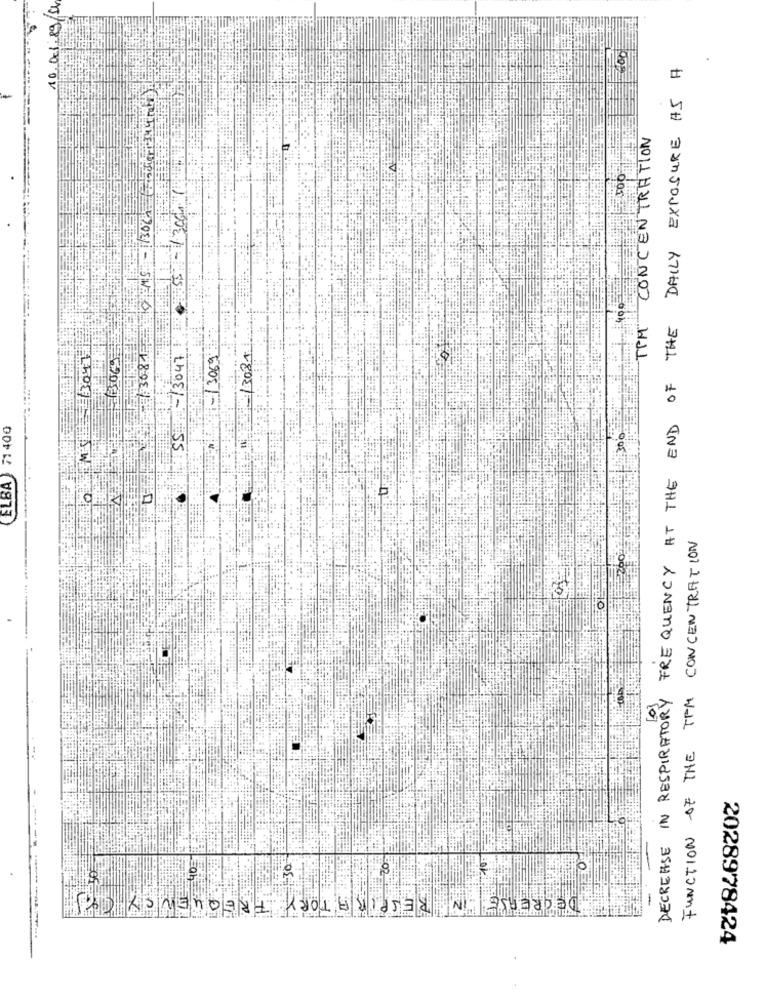
10.001.89/94
DAILY EXPOSURE AS A
TPM CONCENTRATION
1/3060
300
DECREASE IN RESPIRATORY FREQUENCY AT THE END OF THE
3.36-87F
MIS 3047
SS- 13047
- 3069
3081
ELBA 71 400
300
FUNCTION OF THE TPM CONCENTRATION
40
30
DECREASE IN RESPIRATORY FREQUENCY CYJ
2028978424